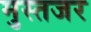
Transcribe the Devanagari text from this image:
मुस्तजर